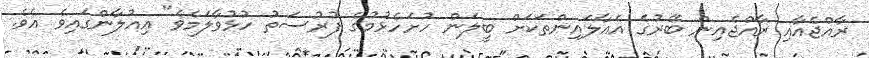
ރާއްޖެއާއި ރާއްޖެއިން ބޭރުގެ އެއާލައިންތަކަށް ބީލަން ހުށަހެޅުމުގެ ފުރުސަތު ހުޅުވާލަމެވެ" އިއުލާންގައިވެ އެވެ.